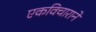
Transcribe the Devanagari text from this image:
एकविचाराने